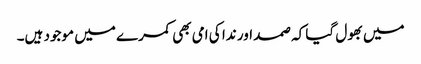
میں بھول گیا کہ صمد اور ندا کی امی بھی کمرے میں موجود ہیں۔